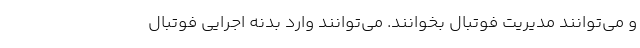
و می‌توانند مدیریت فوتبال بخوانند. می‌توانند وارد بدنه اجرایی فوتبال